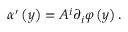
\alpha ^ { \prime } \left( y \right) = A ^ { i } \partial _ { i } \varphi \left( y \right) .